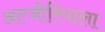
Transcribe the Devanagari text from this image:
अल्जीरियाला